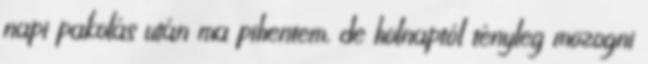
napi pakolás után ma pihentem, de holnaptól tényleg mozogni